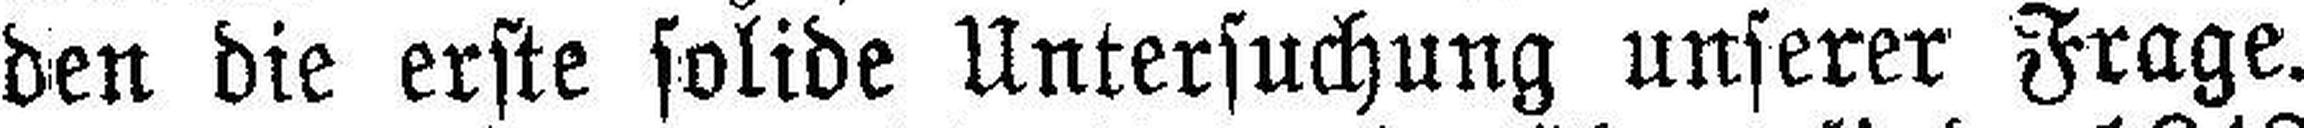
den die erste solide Untersuchung unserer Frage.